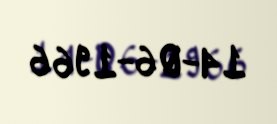
14-06-1966